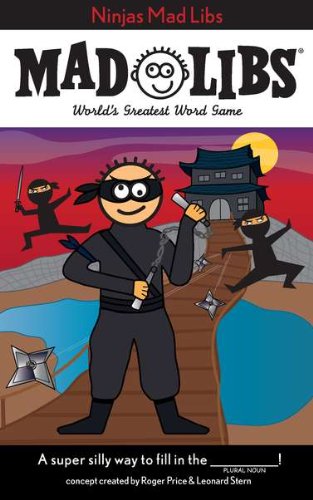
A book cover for Ninjas Mad Libs; Children's Books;